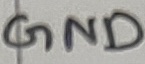
Text: GND